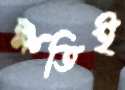
ক্ষতিই